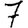
Digit: 7